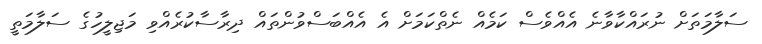
ސަލާމަތަށް ނުރައްކާވާނެ އެއްވެސް ކަމެއް ނެތްކަމަަށް އެ އެއްބަސްވުންތައް ދިރާސާކުރެއްވި މަޖިލީހުގެ ސަލާމަތީ